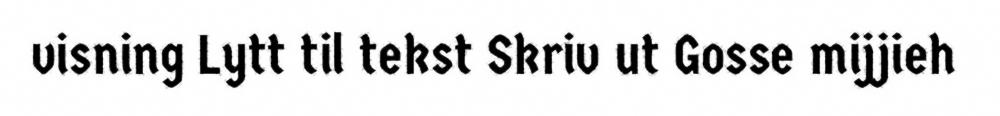
visning Lytt til tekst Skriv ut Gosse mijjieh